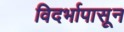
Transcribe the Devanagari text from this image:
विदर्भापासून